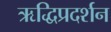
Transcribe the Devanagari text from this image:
ऋद्धिप्रदर्शन